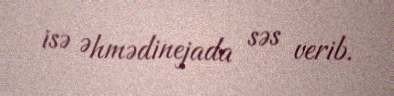
isə Əhmədinejada səs verib.